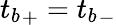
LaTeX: {t_{b}}_{+}={t_{b}}_{-}